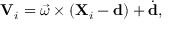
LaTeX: \mathbf { V } _ { i } = { \vec { \omega } } \times ( \mathbf { X } _ { i } - \mathbf { d } ) + { \dot { \mathbf { d } } } ,